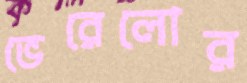
ভেরেলোর